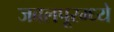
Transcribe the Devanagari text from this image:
जबलपूरम्ध्ये